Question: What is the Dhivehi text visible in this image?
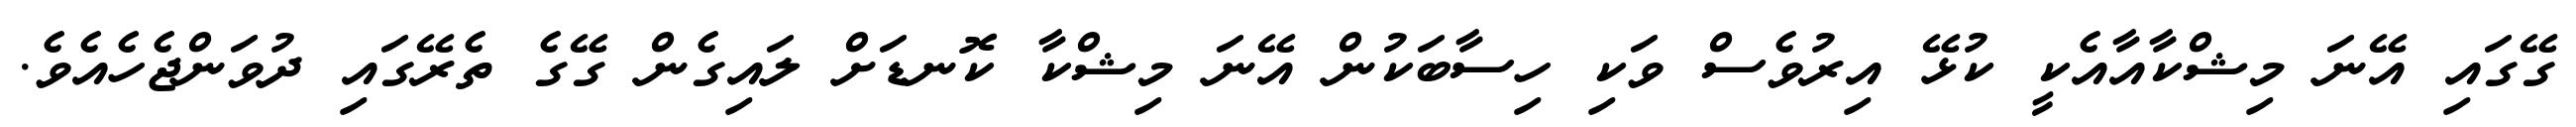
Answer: ގޭގައި އޭނަ މިޝްކާއާއެކީ ކުޅޭ އިރުވެސް ވަކި ހިސާބަކުން އޭނަ މިޝްކާ ކޮނޑަށް ލައިގެން ގޭގެ ތެރޭގައި ދުވަންޖެހެއެވެ.